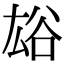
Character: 𧮯